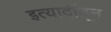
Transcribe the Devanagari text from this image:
इत्यादींतून